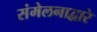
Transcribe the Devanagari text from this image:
संमेलनाद्वारे